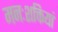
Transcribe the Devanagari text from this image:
मनःशक्तियां